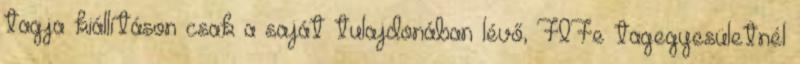
tagja kiállításon csak a saját tulajdonában lévő, FIFe tagegyesületnél